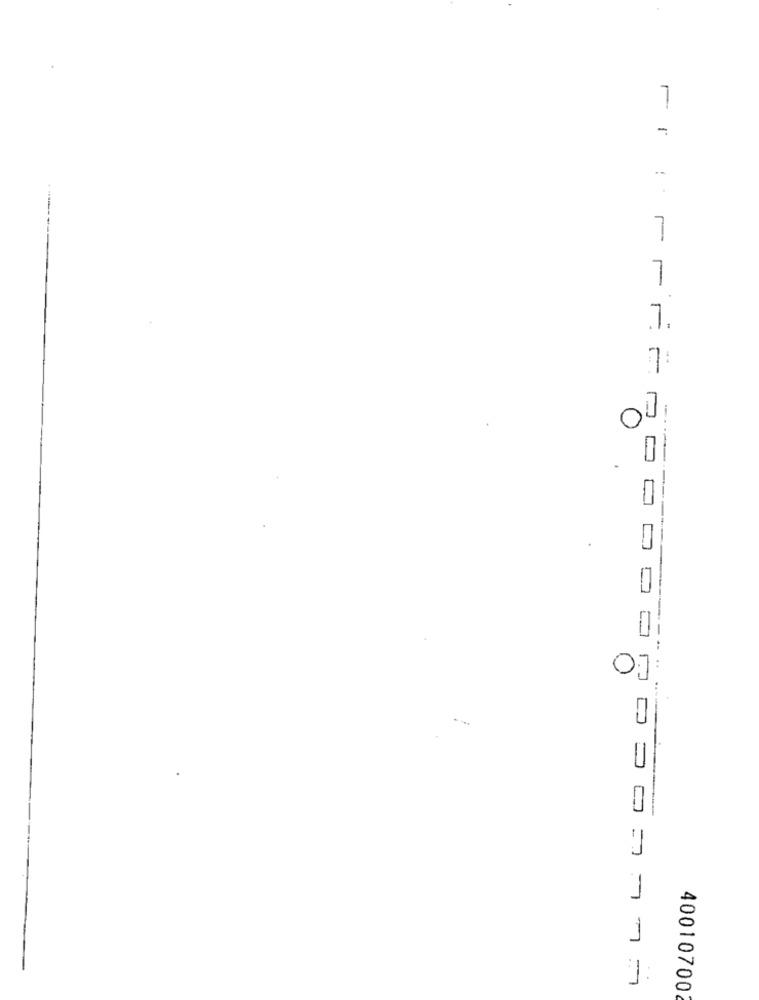
---
7.
7:
0
------
----
0
00.00.00.07777
400107002